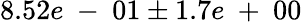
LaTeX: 8.52e\mathrm{~-~}01\pm 1.7e\mathrm{~+~}00